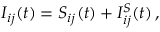
\begin{array} { r } { I _ { i j } ( t ) = S _ { i j } ( t ) + I _ { i j } ^ { S } ( t ) \, , } \end{array}